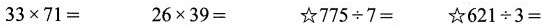
$$3 3 \times 7 1 =$$ $$2 6 \times 3 9 =$$ ☆$$7 7 5 \div 7=$$ ☆$$6 2 1 \div 3 =$$